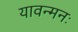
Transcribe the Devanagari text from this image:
यावन्मनः